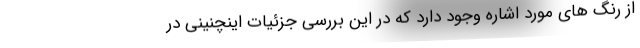
از رنگ های مورد اشاره وجود دارد که در این بررسی جزئیات اینچنینی در